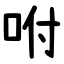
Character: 咐